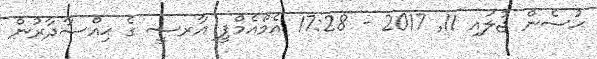
ޙުސެން ޖުލައި 11